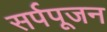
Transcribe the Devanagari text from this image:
सर्पपूजन